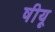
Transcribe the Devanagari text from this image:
षीयू